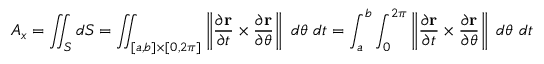
A _ { x } = \iint _ { S } d S = \iint _ { [ a , b ] \times [ 0 , 2 \pi ] } \left\| { \frac { \partial \mathbf { r } } { \partial t } } \times { \frac { \partial \mathbf { r } } { \partial \theta } } \right\| \ d \theta \ d t = \int _ { a } ^ { b } \int _ { 0 } ^ { 2 \pi } \left\| { \frac { \partial \mathbf { r } } { \partial t } } \times { \frac { \partial \mathbf { r } } { \partial \theta } } \right\| \ d \theta \ d t